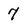
Character: 7